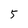
Character: 5